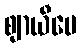
ဈာယီပေ